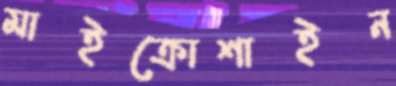
মাইক্রোশাইন